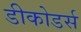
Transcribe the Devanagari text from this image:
डीकोडर्स